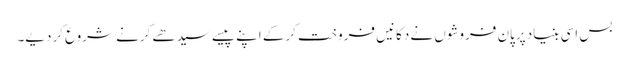
بس اسی بنیاد پرپان فروشوں نے دکانیں فروخت کرکے اپنے پیسے سیدھے کرنے شروع کردیے۔